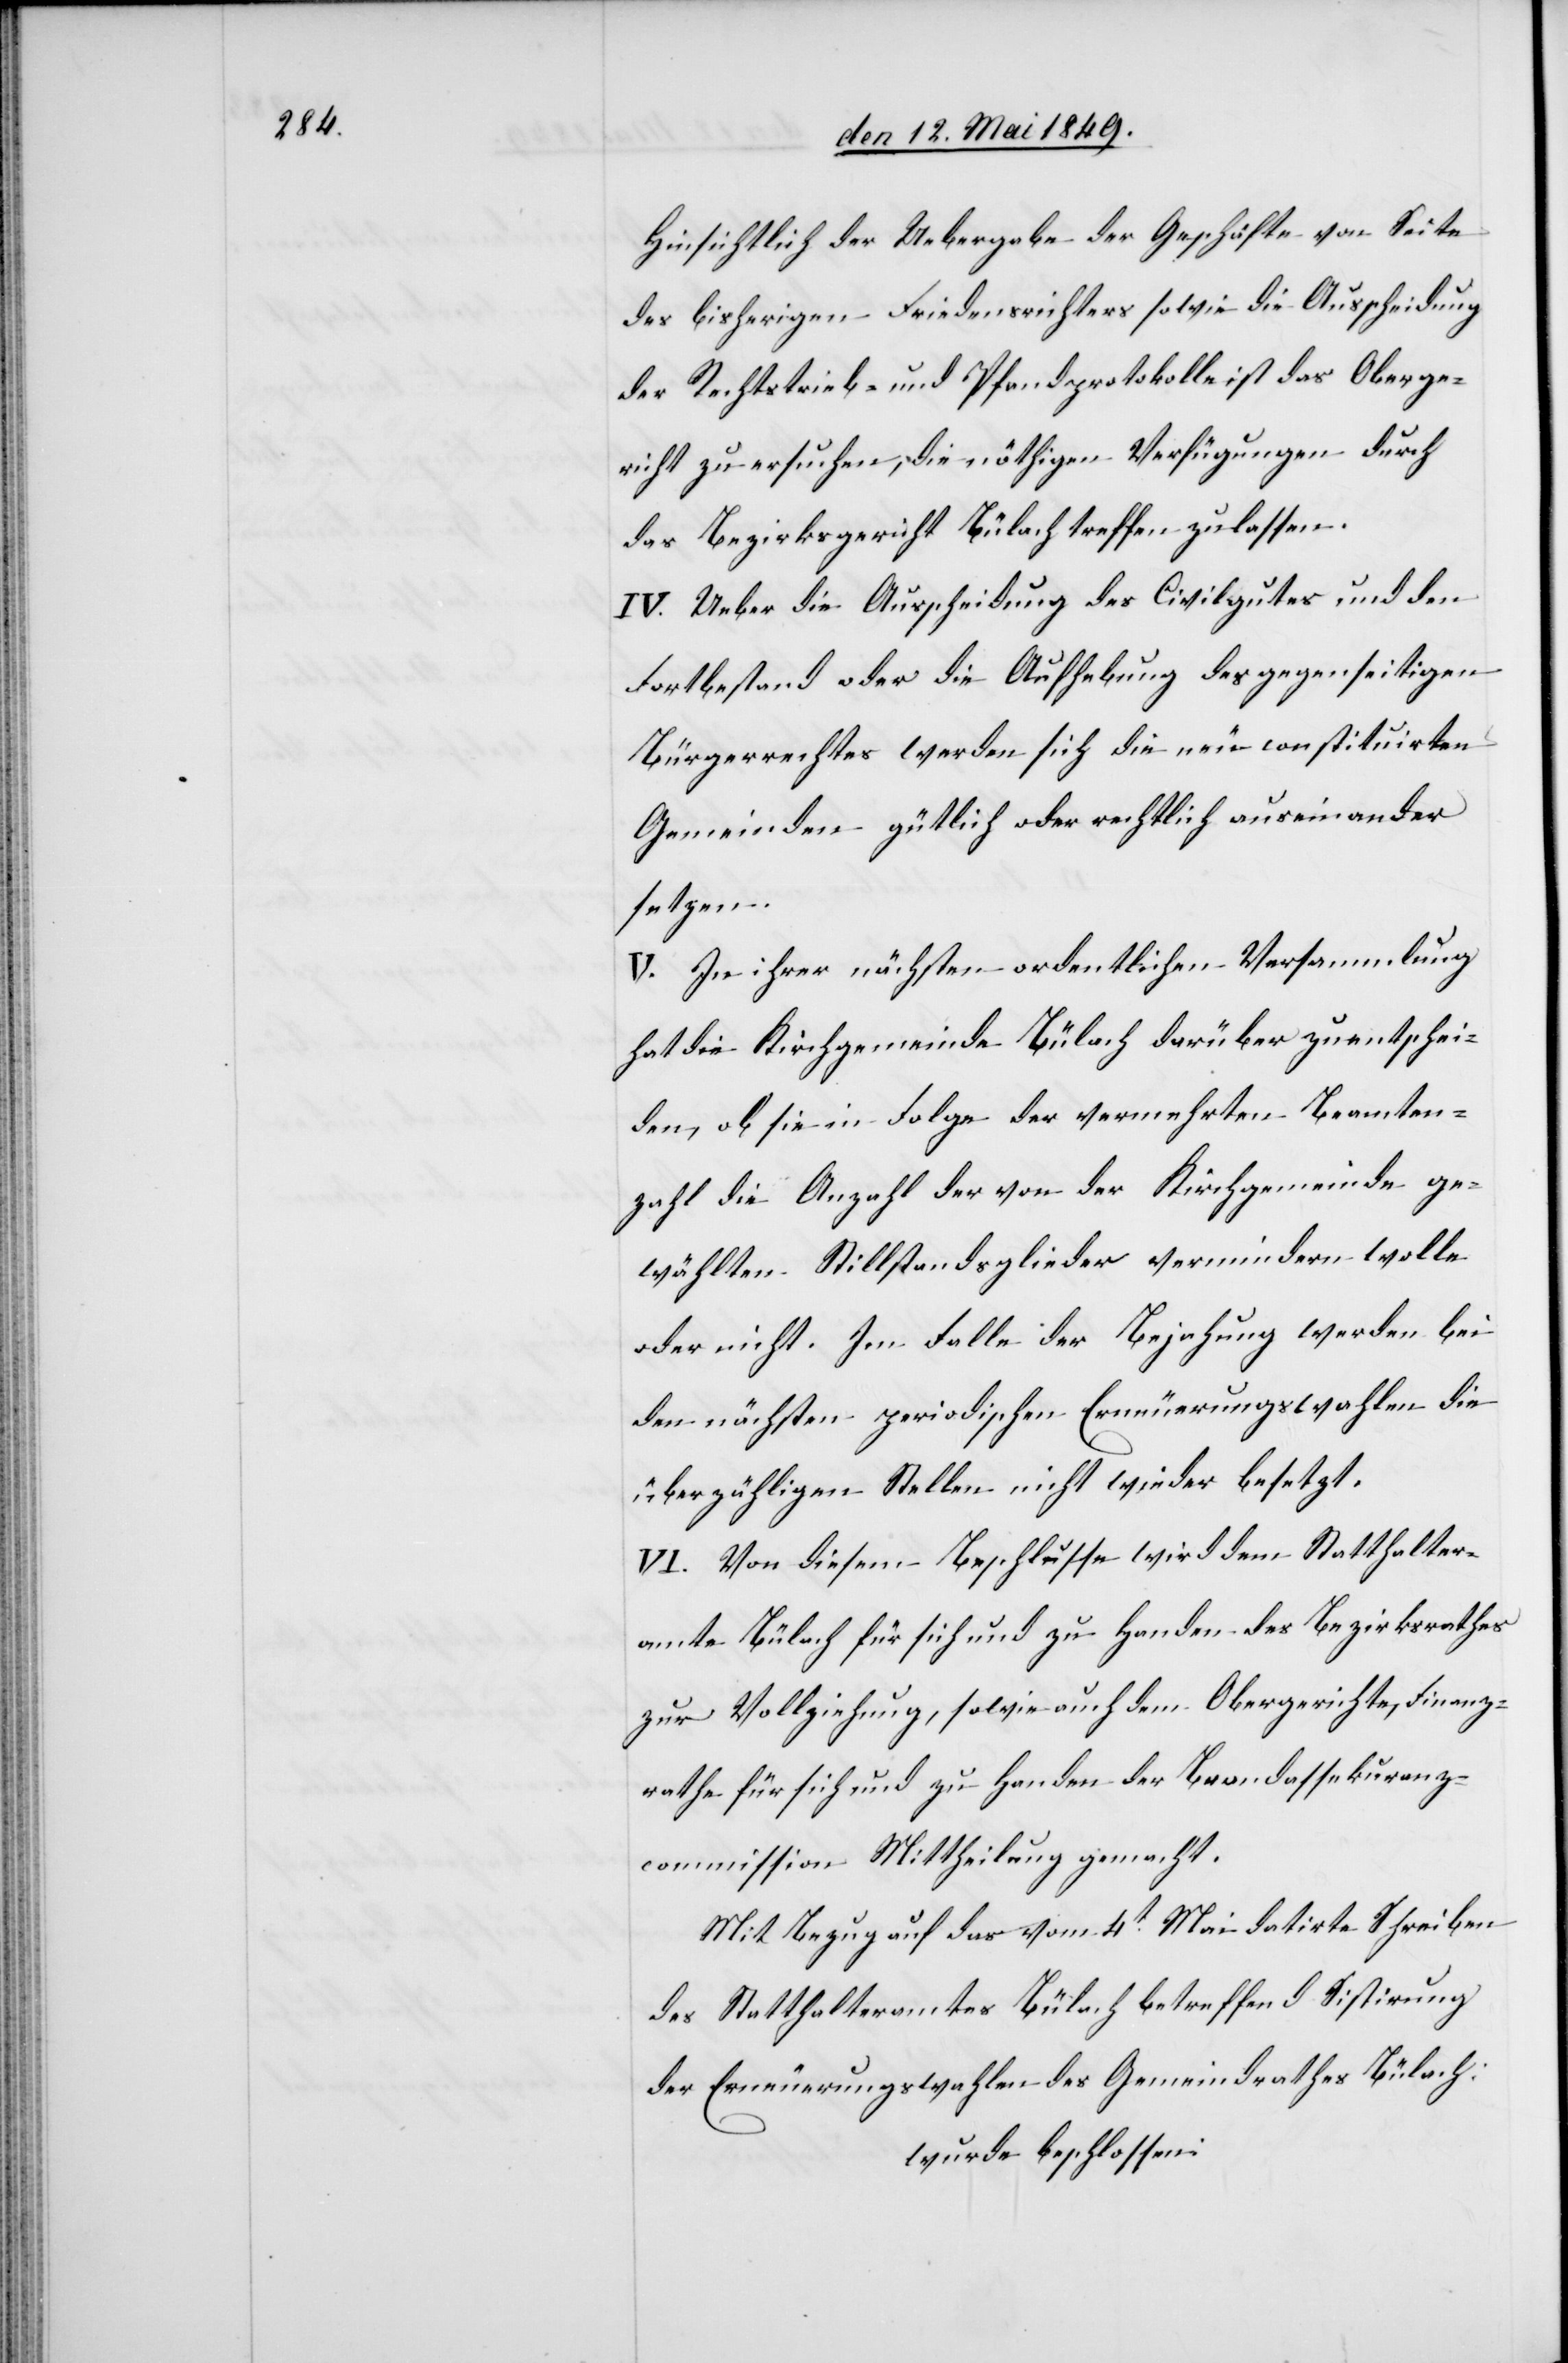
Hinsichtlich der Uebergabe der Geschäfte von Seite
des bisherigen Friedensrichters sowie die Ausscheidung
der Rechtstrieb- und Pfandprotokolle ist das Oberge¬
richt zu ersuchen, die nöthigen Verfügungen durch
das Bezirksgericht Bülach treffen zu lassen.
IV. Ueber die Ausscheidung des Civilgutes und den
Fortbestand oder die Aufhebung des gegenseitigen
Bürgerrechtes werden sich die neu constituirten
Gemeinden gütlich oder rechtlich auseinander
setzen.
V. Zu ihrer nächsten ordentlichen Versammlung
hat die Kirchgemeinde Bülach darüber zu entschei¬
den, ob sie in Folge der vermehrten Beamten¬
zahl die Anzahl der von der Kirchgemeinde ge¬
wählten Stillstandsglieder vermindern wolle
oder nicht. Im Falle der Bejahung werden bei
den nächsten periodischen Erneuerungswahlen die
überzähligen Stellen nicht wieder besetzt.
VI. Von diesem Beschlusse wird dem Statthalter¬
amte Bülach für sich und zu Handen des Bezirksrathes
zur Vollziehung, sowie auch dem Obergerichte, Finanz¬
rathe für sich und zu Handen der Brandassekuranz¬
commission Mittheilung gemacht.
Mit Bezug auf das vom 4t Mai datirte Schreiben
des Statthalteramtes Bülach betreffend Sistirung
der Erneuerungswahlen des Gemeindrathes Bülach:
wurde beschlossen: